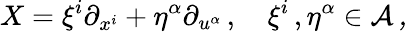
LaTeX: X=\xi^{i}\partial_{x^{i}}+\eta^{\alpha}\partial_{u^{\alpha}}\, ,\quad\xi^{i}\, ,\eta^{\alpha}\in\cal{A}\, ,